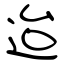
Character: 迨